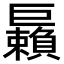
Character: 𢀲